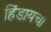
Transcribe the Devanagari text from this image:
हिंडायचा